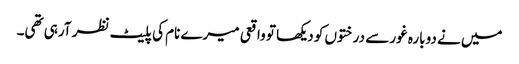
میں نے دوبارہ غور سے درختوں کو دیکھا تو واقعی میرے نام کی پلیٹ نظر آرہی تھی۔